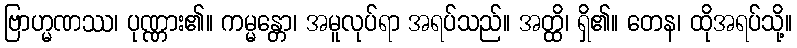
ဗြာဟ္မဏဿ၊ ပုဏ္ဏား၏။ ကမ္မန္တော၊ အမူလုပ်ရာ အရပ်သည်။ အတ္ထိ၊ ရှိ၏။ တေန၊ ထိုအရပ်သို့။